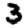
Digit: 3